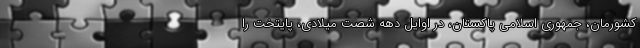
کشورمان، جمهوري اسلامي پاكستان، در اوايل دهه شصت ميلادي، پايتخت را